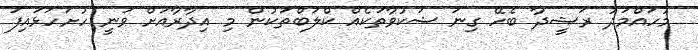
މުހައްމަދު ރަޝީދާ ބެހޭ ގިނަ ޝަކުވާތަކެއް ކްލަބްތަކުން މި އިދާރާއަށް ވަނީ ހުށަހަޅައިފަ